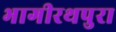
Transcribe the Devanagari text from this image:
भागीरथपुरा